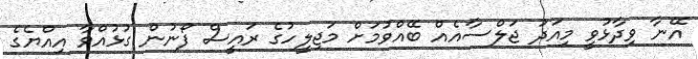
އޭނާ ވިދާޅުވީ މިއަދު ޖަލްސާއެއް ބޭއްވުމަށް މަޖިލީހުގެ ރައީސް ފޯނުން ގުޅުއްވާ އިއްޔެގެ